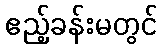
ဧည့်ခန်းမတွင်